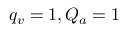
q _ { v } = 1 , Q _ { a } = 1